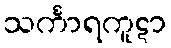
သင်္ကာရကူဋာ